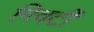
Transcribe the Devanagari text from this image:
गिवर्टी